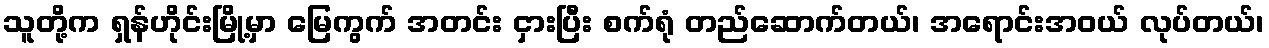
သူတို့က ရှန်ဟိုင်းမြို့မှာ မြေကွက် အတင်း ငှားပြီး စက်ရုံ တည်ဆောက်တယ်၊ အရောင်းအဝယ် လုပ်တယ်၊